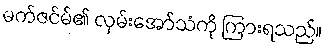
မက်ဇင်မ်၏ လှမ်းအော်သံကို ကြားရသည်။